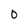
Character: 0